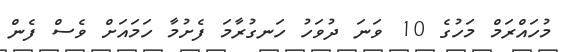
މުހައްރަމް މަހުގެ 10 ވަނަ ދުވަހު ހަނގުރާމަ ފެށުމާ ހަމައަށް ވެސް ފެން